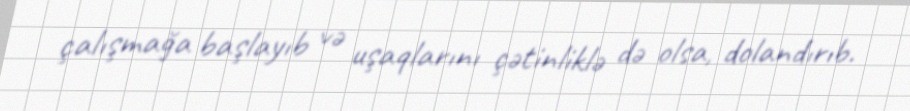
çalışmağa başlayıb və uşaqlarını çətinliklə də olsa, dolandırıb.